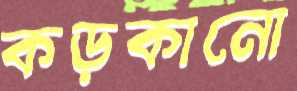
কড়কানো